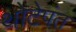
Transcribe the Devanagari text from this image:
थोटेपंत